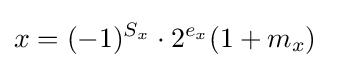
{\begin{aligned}x&=(-1)^{S_{x}}\cdot 2^{e_{x}}(1+m_{x})\end{aligned}}